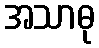
အသာဓု